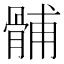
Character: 䯙